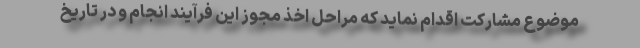
موضوع مشارکت اقدام نماید که مراحل اخذ مجوز این فرآیند انجام و در تاریخ